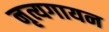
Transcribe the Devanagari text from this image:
नृत्यगायन